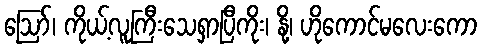
ဪ၊ ကိုယ့်လူကြီးသေရှာပြီကိုး၊ နို့၊ ဟိုကောင်မလေးကော